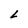
Character: L